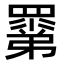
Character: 𥊽